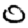
Digit: 0